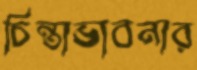
চিন্তাভাবনার